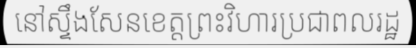
នៅស្ទឹងសែនខេត្តព្រះវិហារប្រជាពលរដ្ឋ